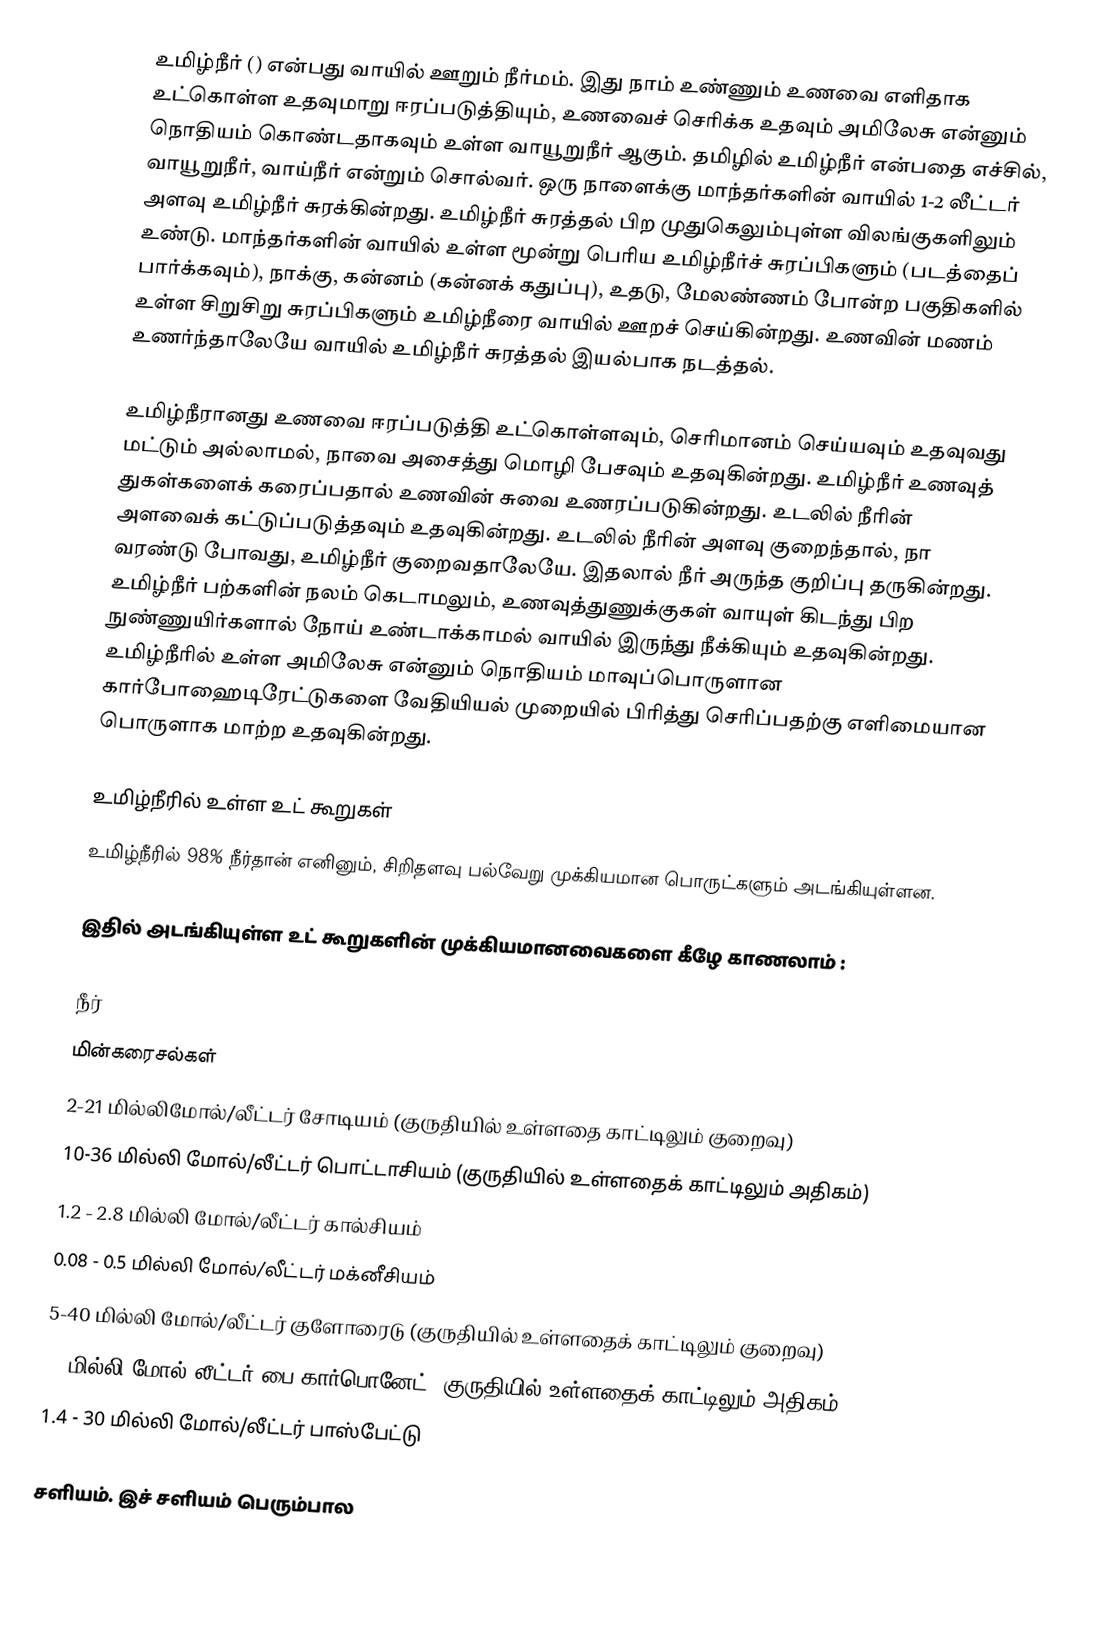
உமிழ்நீர்  () என்பது வாயில் ஊறும் நீர்மம். இது நாம் உண்ணும் உணவை எளிதாக உட்கொள்ள உதவுமாறு  ஈரப்படுத்தியும், உணவைச் செரிக்க உதவும் அமிலேசு என்னும் நொதியம் கொண்டதாகவும் உள்ள வாயூறுநீர் ஆகும். தமிழில் உமிழ்நீர் என்பதை எச்சில், வாயூறுநீர், வாய்நீர் என்றும் சொல்வர். ஒரு நாளைக்கு மாந்தர்களின் வாயில் 1-2 லீட்டர் அளவு உமிழ்நீர் சுரக்கின்றது. உமிழ்நீர் சுரத்தல் பிற முதுகெலும்புள்ள விலங்குகளிலும் உண்டு. மாந்தர்களின் வாயில் உள்ள மூன்று பெரிய உமிழ்நீர்ச் சுரப்பிகளும் (படத்தைப் பார்க்கவும்), நாக்கு, கன்னம் (கன்னக் கதுப்பு), உதடு, மேலண்ணம் போன்ற பகுதிகளில் உள்ள சிறுசிறு சுரப்பிகளும் உமிழ்நீரை வாயில் ஊறச் செய்கின்றது. உணவின் மணம் உணர்ந்தாலேயே வாயில் உமிழ்நீர் சுரத்தல் இயல்பாக நடத்தல்.

உமிழ்நீரானது உணவை ஈரப்படுத்தி உட்கொள்ளவும், செரிமானம் செய்யவும் உதவுவது மட்டும் அல்லாமல், நாவை அசைத்து மொழி பேசவும் உதவுகின்றது. உமிழ்நீர் உணவுத் துகள்களைக் கரைப்பதால் உணவின் சுவை உணரப்படுகின்றது. உடலில் நீரின் அளவைக் கட்டுப்படுத்தவும் உதவுகின்றது. உடலில் நீரின் அளவு குறைந்தால், நா வரண்டு போவது, உமிழ்நீர் குறைவதாலேயே. இதலால் நீர் அருந்த குறிப்பு தருகின்றது. உமிழ்நீர் பற்களின் நலம் கெடாமலும், உணவுத்துணுக்குகள் வாயுள் கிடந்து பிற நுண்ணுயிர்களால் நோய் உண்டாக்காமல் வாயில் இருந்து நீக்கியும் உதவுகின்றது. உமிழ்நீரில் உள்ள அமிலேசு என்னும் நொதியம் மாவுப்பொருளான கார்போஹைடிரேட்டுகளை வேதியியல் முறையில் பிரித்து செரிப்பதற்கு எளிமையான பொருளாக மாற்ற உதவுகின்றது.

உமிழ்நீரில் உள்ள உட் கூறுகள்
உமிழ்நீரில் 98% நீர்தான் எனினும், சிறிதளவு பல்வேறு முக்கியமான பொருட்களும் அடங்கியுள்ளன.

இதில் அடங்கியுள்ள உட் கூறுகளின் முக்கியமானவைகளை கீழே காணலாம் :

 நீர்
 மின்கரைசல்கள்
 2-21 மில்லிமோல்/லீட்டர் சோடியம் (குருதியில் உள்ளதை காட்டிலும் குறைவு)
 10-36 மில்லி மோல்/லீட்டர் பொட்டாசியம் (குருதியில் உள்ளதைக் காட்டிலும் அதிகம்)
 1.2 - 2.8 மில்லி மோல்/லீட்டர் கால்சியம்
 0.08 - 0.5 மில்லி மோல்/லீட்டர் மக்னீசியம்
 5-40 மில்லி மோல்/லீட்டர் குளோரைடு (குருதியில் உள்ளதைக் காட்டிலும் குறைவு)
 25 மில்லி மோல்/லீட்டர் பை-கார்பொனேட் (குருதியில் உள்ளதைக் காட்டிலும் அதிகம்)
 1.4 - 30 மில்லி மோல்/லீட்டர் பாஸ்பேட்டு

 சளியம். இச் சளியம் பெரும்பால